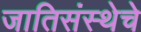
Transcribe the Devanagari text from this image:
जातिसंस्थेचे